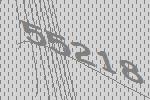
55218